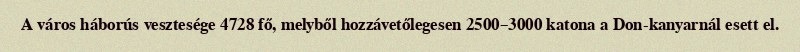
A város háborús vesztesége 4728 fő, melyből hozzávetőlegesen 2500–3000 katona a Don-kanyarnál esett el.